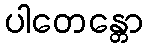
ပါတေန္တော